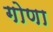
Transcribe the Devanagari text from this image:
गोणा